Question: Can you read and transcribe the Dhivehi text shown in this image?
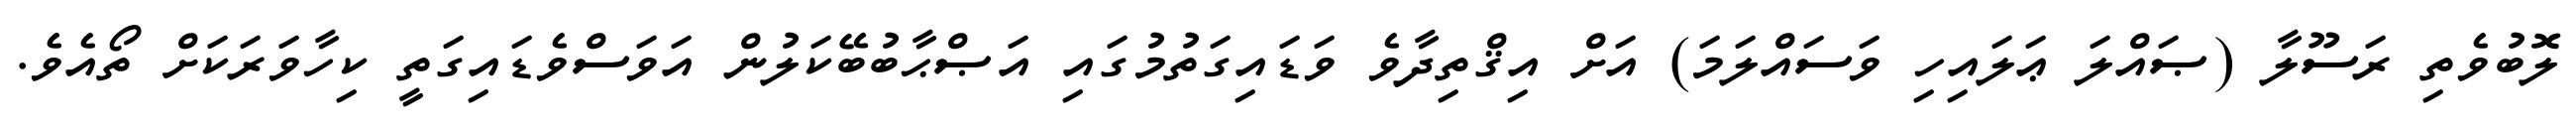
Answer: ލޮބުވެތި ރަސޫލާ (ޞައްލަ ޢަލައިހި ވަސައްލަމަ) އަށް އިޤްތިދާވެ ވަޑައިގަތުމުގައި އަޞްޙާބުބޭކަލުން އަވަސްވެޑައިގަތީ ކިހާވަރަކަށް ތޯއެވެ.